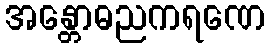
အန္တောဓညကရဏေ